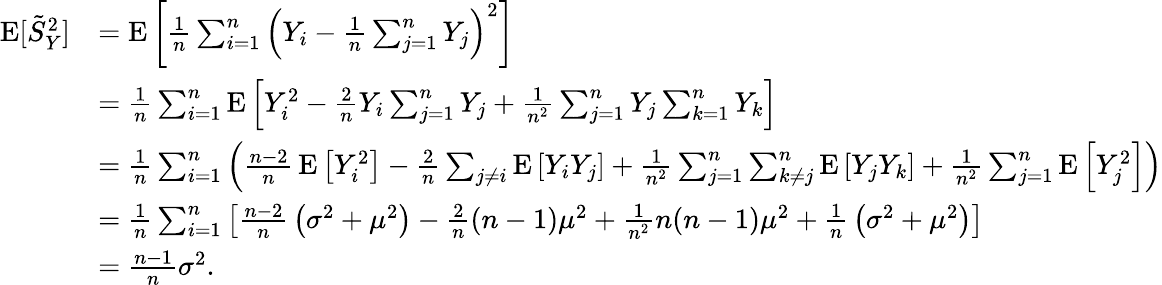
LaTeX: {\begin{array}{rl}{\operatorname{E}[{\tilde{S}}_{Y}^{2}]}&{=\operatorname{E}\left[{\frac{1}{n}}\sum_{i=1}^{n}\left(Y_{i}-{\frac{1}{n}}\sum_{j=1}^{n}Y_{j}\right)^{2}\right]}\\ &{={\frac{1}{n}}\sum_{i=1}^{n}\operatorname{E}\left[Y_{i}^{2}-{\frac{2}{n}}Y_{i}\sum_{j=1}^{n}Y_{j}+{\frac{1}{n^{2}}}\sum_{j=1}^{n}Y_{j}\sum_{k=1}^{n}Y_{k}\right]}\\ &{={\frac{1}{n}}\sum_{i=1}^{n}\left({\frac{n-2}{n}}\operatorname{E}\left[Y_{i}^{2}\right]-{\frac{2}{n}}\sum_{j\neq i}\operatorname{E}\left[Y_{i}Y_{j}\right]+{\frac{1}{n^{2}}}\sum_{j=1}^{n}\sum_{k\neq j}^{n}\operatorname{E}\left[Y_{j}Y_{k}\right]+{\frac{1}{n^{2}}}\sum_{j=1}^{n}\operatorname{E}\left[Y_{j}^{2}\right]\right)}\\ &{={\frac{1}{n}}\sum_{i=1}^{n}\left[{\frac{n-2}{n}}\left(\sigma^{2}+\mu^{2}\right)-{\frac{2}{n}}(n-1)\mu^{2}+{\frac{1}{n^{2}}}n(n-1)\mu^{2}+{\frac{1}{n}}\left(\sigma^{2}+\mu^{2}\right)\right]}\\ &{={\frac{n-1}{n}}\sigma^{2}.}\end{array}}